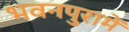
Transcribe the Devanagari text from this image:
भवनपुरामें